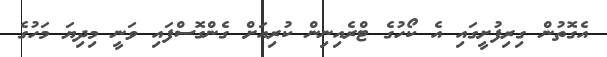
އެގޮތުން ގިރިފުށީގައި އެ ކޯހުގެ ޓްރެއިނިިން ކުރިއަށް ގެންގޮސްފައި ވަނީ މިދިޔަ މަހުގެ